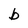
Character: b